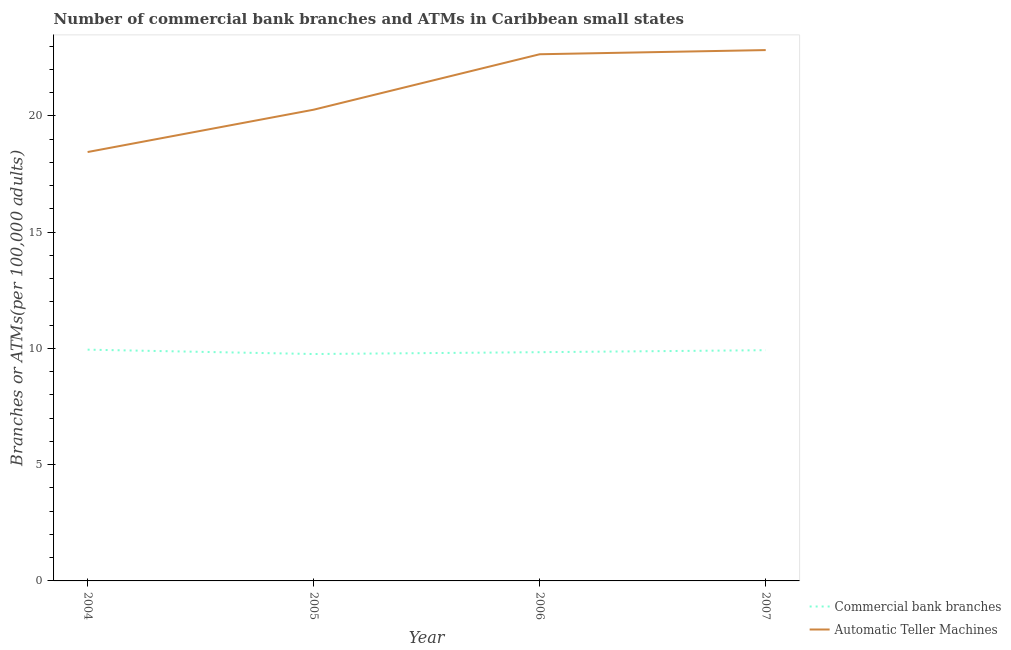
| Year | Commercial bank branches | Automatic Teller Machines |
 | --- | --- | --- |
 | 2004 | 9.95 | 18.4 |
 | 2005 | 9.76 | 20.3 |
 | 2006 | 9.84 | 22.6 |
 | 2007 | 9.92 | 22.8 |